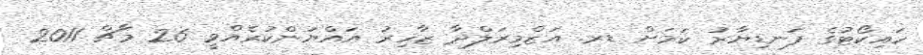
ހައިކޯޓުގެ ފަނޑިޔާރު ކަމަށް ޑރ. އަޒްމިރަލްދާ ޒާހިރު އައްޔަންކުރެއްވީ 26 މާޗް 2011